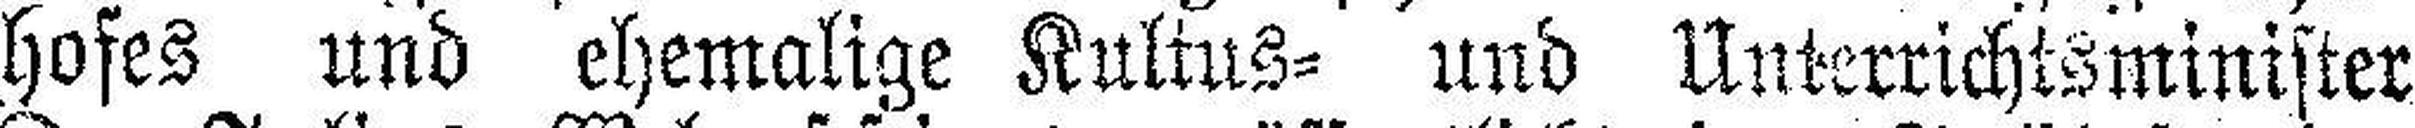
hofes und ehemalige Kultus= und Unterrichtsminister